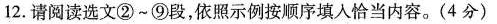
12.请阅读选文②~⑨段，依照示例按顺序填入恰当内容。(4分)